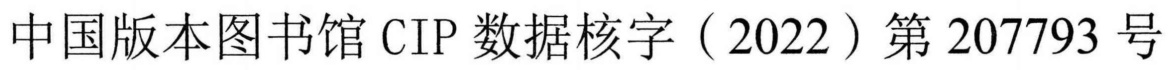
中国版本图书馆CIP数据核字（2022）第207793号